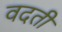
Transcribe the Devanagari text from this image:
वदती